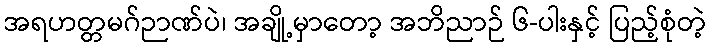
အရဟတ္တမဂ်ဉာဏ်ပဲ၊ အချို့မှာတော့ အဘိညာဉ် ၆-ပါးနှင့် ပြည့်စုံတဲ့